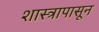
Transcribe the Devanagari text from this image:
शास्त्रापासून